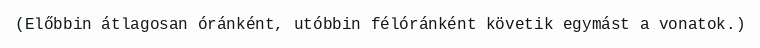
(Előbbin átlagosan óránként, utóbbin félóránként követik egymást a vonatok.)